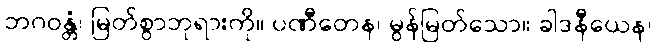
ဘဂဝန္တံ၊ မြတ်စွာဘုရားကို။ ပဏီတေန၊ မွန်မြတ်သော။ ခါဒနီယေန၊